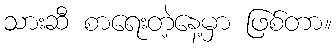
သားဆီ စာရေးတဲ့နေ့မှာ ဖြစ်တာ။